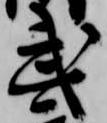
武